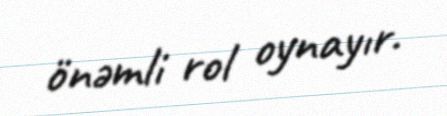
önəmli rol oynayır.